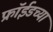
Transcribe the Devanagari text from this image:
फ्रॉईडच्या